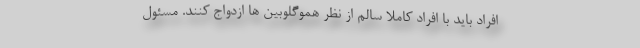
افراد باید با افراد کاملا سالم از نظر هموگلوبین ها ازدواج کنند. مسئول